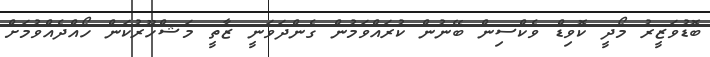
ބޮޑުވަޒީރު މޯދީ ކޮވިޑް ވެކްސިން ބޭނުން ކުރައްވަމުން ގެންދަވަނީ ޒާތީ މަޝްހޫރުކަން ހޯއްދެއްވުމަށް